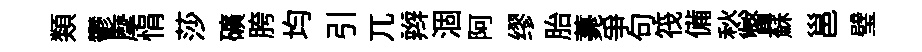
類鬱摩悁莎礦胯均引兀辫涸阿缪胎薧爭句筏備愁瞥蘇邕璧